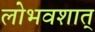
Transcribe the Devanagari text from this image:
लोभवशात्